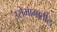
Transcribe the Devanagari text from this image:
उरोभागातील